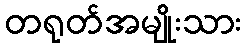
တရုတ်အမျိုးသား